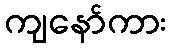
ကျနော်ကား